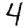
Digit: 4